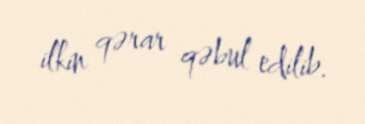
ilkin qərar qəbul edilib.